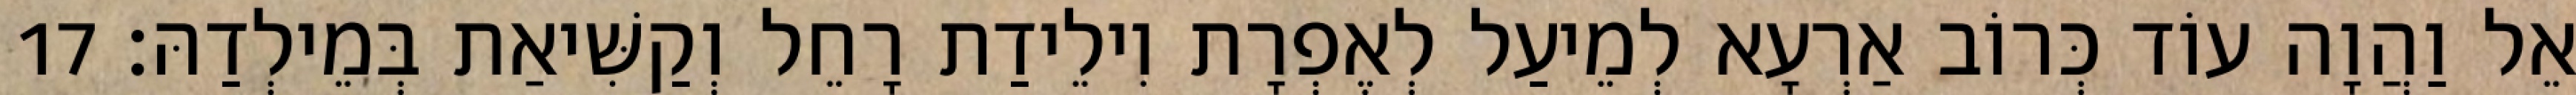
אֵל וַהֲוָה עוֹד כְּרוֹב אַרְעָא לְמֵיעַל לְאֶפְרָת וִילֵידַת רָחֵל וְקַשִּׁיאַת בְּמֵילְדַהּ׃ 17